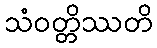
သံဝတ္တိဿတိ